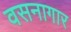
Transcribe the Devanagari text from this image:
वसनागार